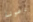
دعونا